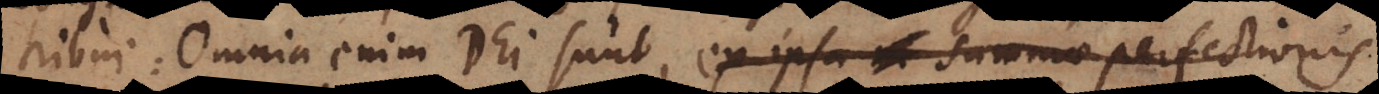
tribui: Omnia enim Dei sunt, ex ipsa summae perfectionis